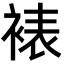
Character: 裱